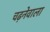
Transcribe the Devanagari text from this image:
चढ़नेवाला